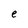
Character: e